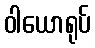
ဝါယောရုပ်